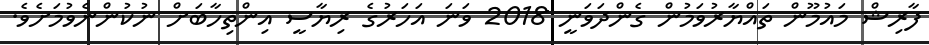
ފާރިޝް މައުމޫން ތައްޔާރުވަމުން ގެންދަވަނީ 2018 ވަނަ އަހަރުގެ ރިޔާސީ އިންތިހާބަށް ނުކުންނެވުމަށެވެ.